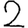
Digit: 2